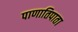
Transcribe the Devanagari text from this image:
पाणातिपाता